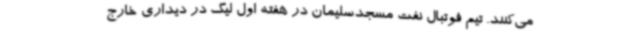
می‌کنند. تیم فوتبال نفت مسجدسلیمان در هفته اول لیگ در دیداری خارج